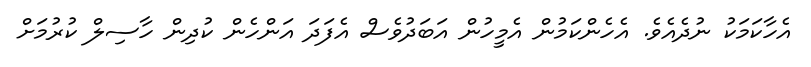
އެހާކަމަކު ނުދެއެވެ. އެހެންކަމުން އެމީހުން އަބަދުވެސް އެފަދަ އަންހެން ކުދިން ހާސިލް ކުރުމަށް